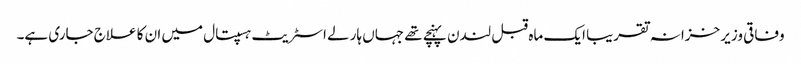
وفاقی وزیر خزانہ تقریبا ایک ماہ قبل لندن پہنچے تھے جہاں ہارلے اسٹریٹ ہسپتال میں ان کا علاج جاری ہے۔